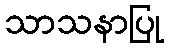
သာသနာပြု